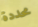
محددة